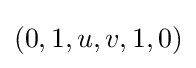
(0,1,u,v,1,0)